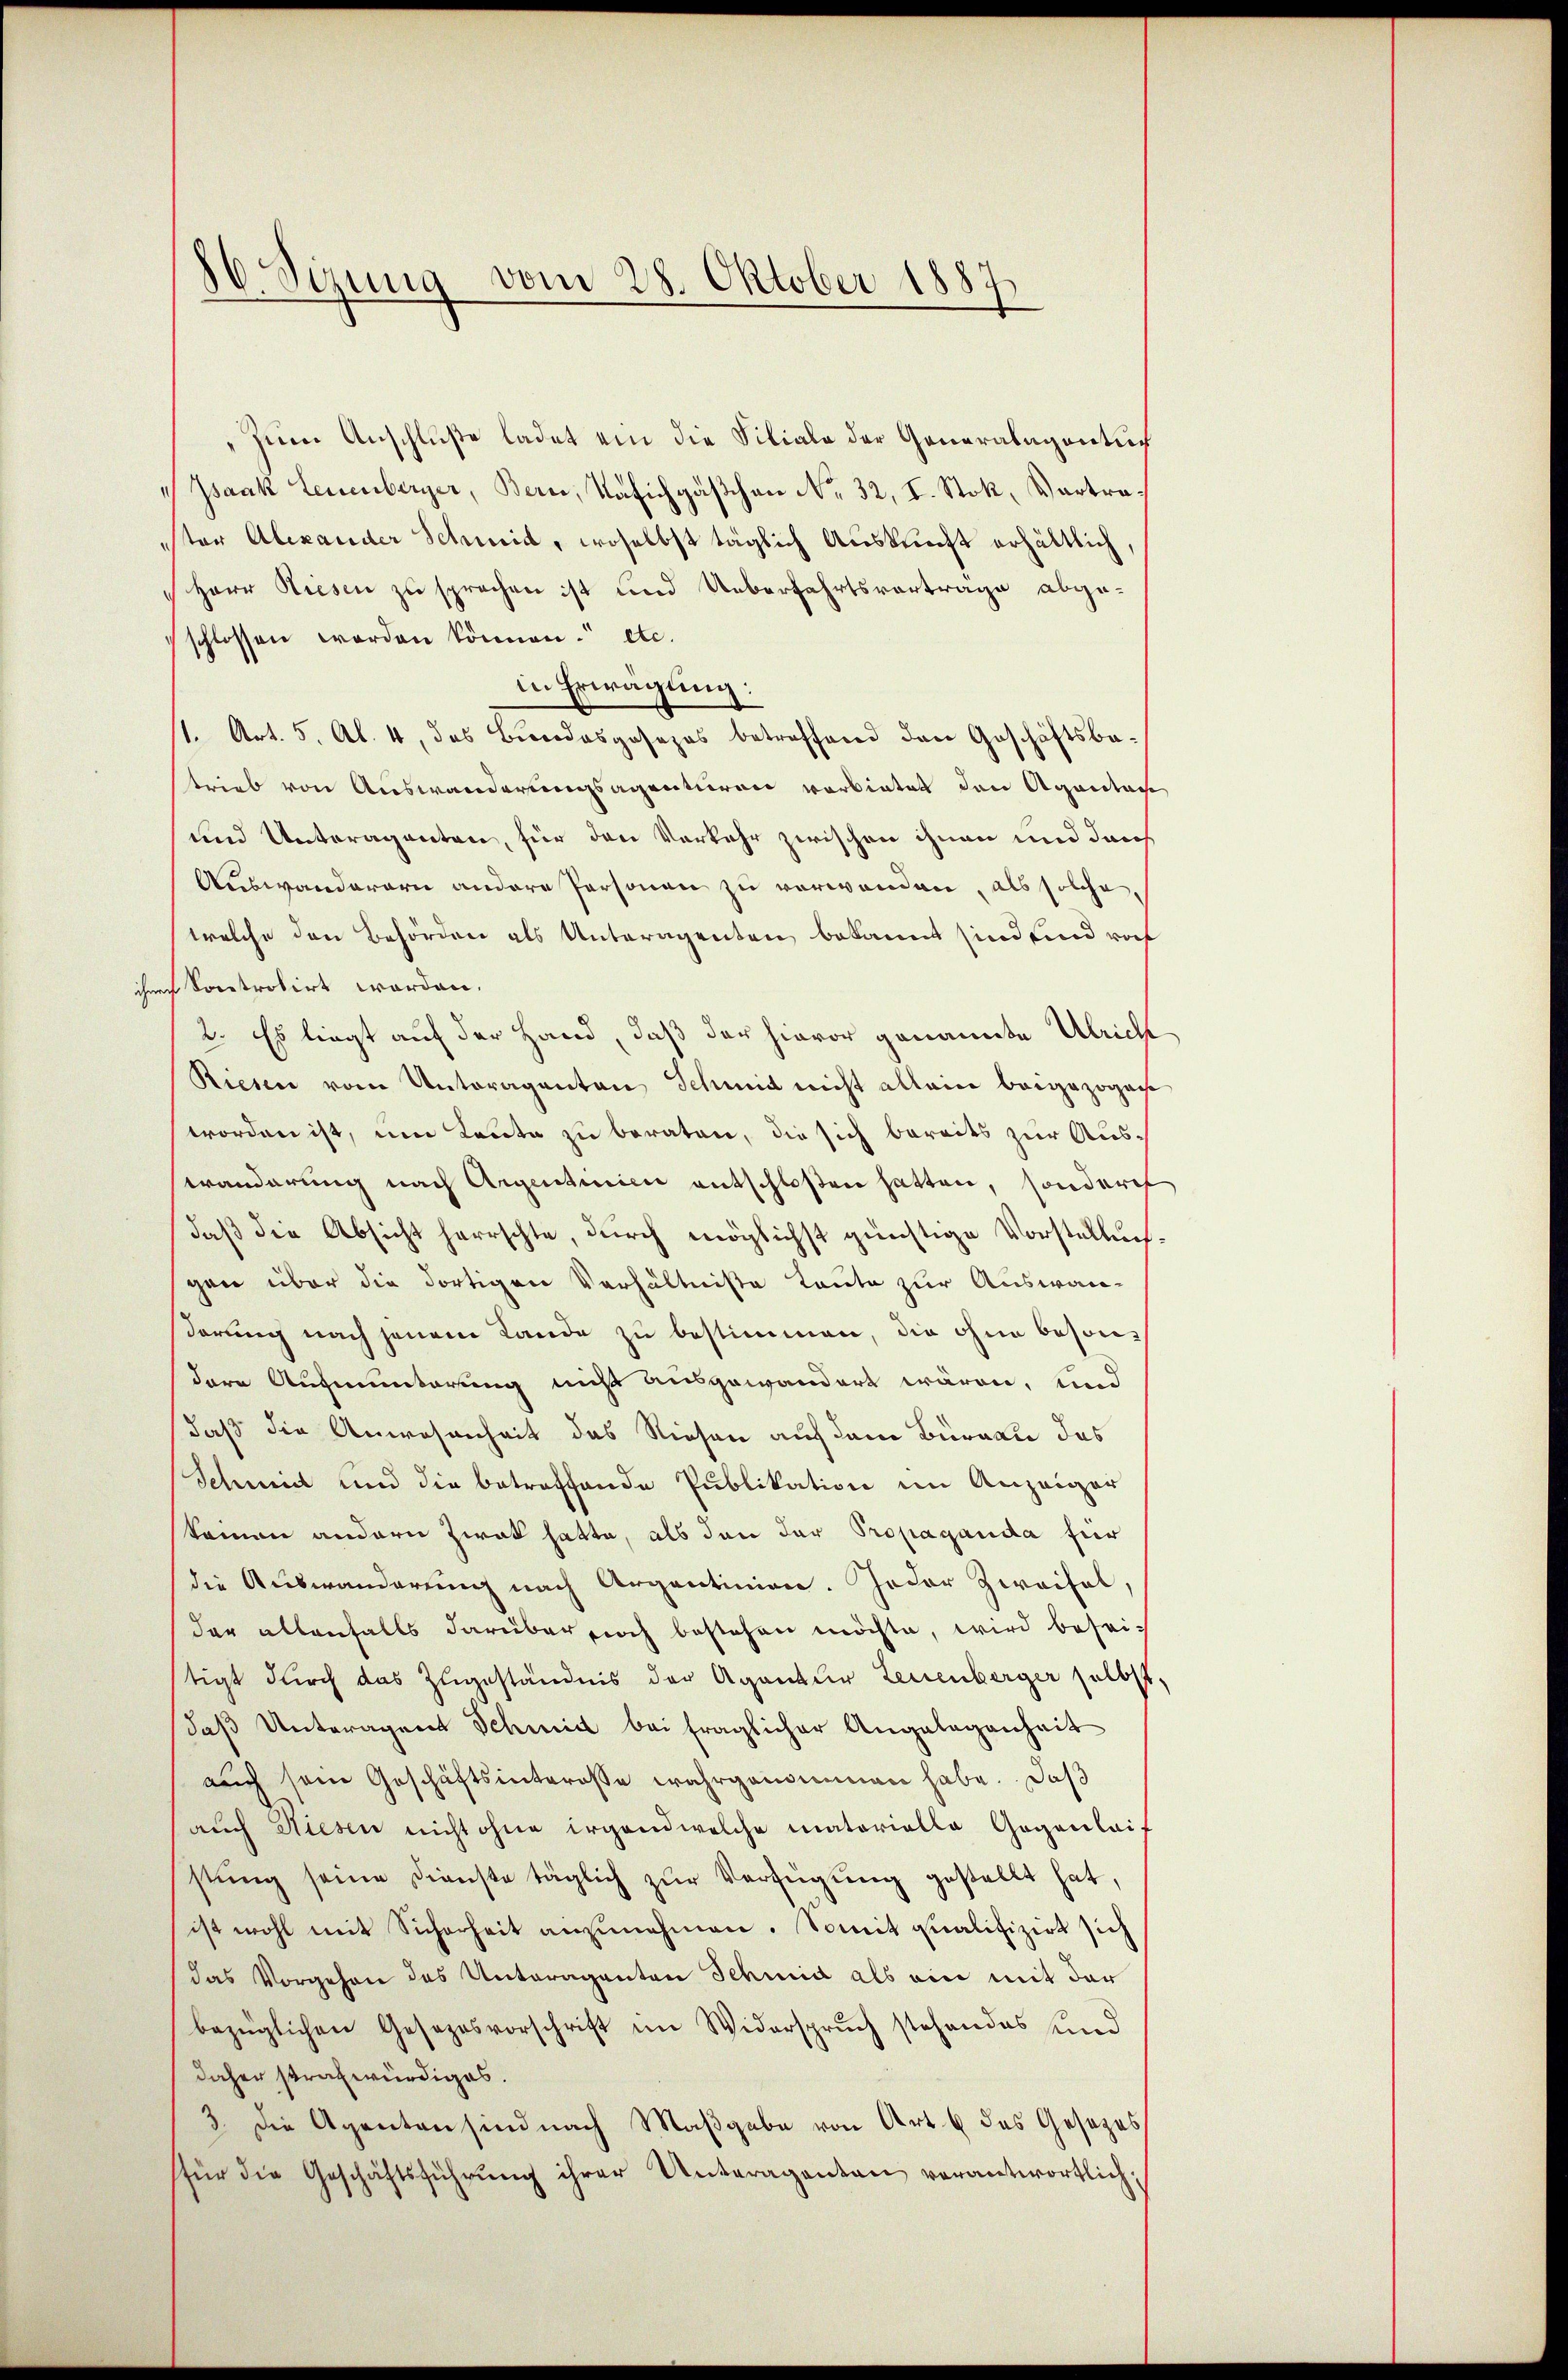
86. Sizung vom 28. Oktober 1887

Zum Anschluße ladet ein die Filiale der Generalagentur
 Isaak Leuenberger, Bern, Nafichgäßchen No. 32, I. Stok, Vortraester Alexander Schmid, woselbst täglich Auskunft erhältlich,
Herr Riesen zu sprechen ist und Ueberfahrtsvortrage abgeschlossen worden können. etc.
in Erwägung:
1. Art. 5, Al. 4, das Bundesgesezes betreffend den Geschäftsbetrieb von Auswanderungsagenturen vorbietet den Agentage
und Unteragenten, für den Verkehr zwischen ihnen und dah
Auswanderern andere Personen zu verwanden, als solche
welche den Behörden als Unteragenten bekannt sind sind vat
ihnen kontrolirt worden.
2. Es liegt auf der Hand, daß der hievor genannte Ulricht
Riesen vom Unteraganten Schmid nicht allein beigezoge
worden ist, um Leute zu beraten, die sich bereits zur Auswanderung nach Argentinie entschloßen hatten, sonderes
daß die Absicht herrschte, durch möglichst günstige Vorstellung
gen über die dortigen Verhältnisse laute zur Auswanstörung nach jenem Lande zu bestimmen, die ohne besondere Aufmunterung nicht ausgewandert wären, und
daß die Anwesenheit das Niesen auf dem Bürakte des
Schmid und die betreffende Publikation im Anzeiger
keinen andern Zwak hatte, als den der Propaganda für
die Auswanderung nach Argentinien. Jeder Zweifel,
der allenfalls darüber noch bestehen möchte, wird beseitigt durch das Zugeständnis der Agentur Leuenberger selbst,
daß Unteragen Schmidt bei fraglicher Angelegenheit
auch sein Geschäftsinteresse wahrgenommen habe. Daß
auch Niesen nicht ohne irgend welche materielle Gegenlaif
stŭng seine Dienste täglich zŭr Verfügung gestellt hat,
ist wohl mit Sicherheit anzunehmen. Somit qualifizirt sich
das Vorgehen des Unteraganten Schmid als ein mit der
bezüglichen Gesezesvorschrift im Widerspruch stehendes und
daher strafwürdiges.
3. Die Agenten sind nach Maßgabe von Art. 6 des Gesezes
für die Geschäftsführung ihrer Unteragenten verantwortlich¬